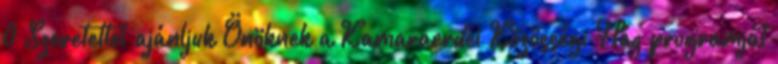
0 Szeretettel ajánljuk Önöknek a Kamaraerdei Közösségi Ház programját